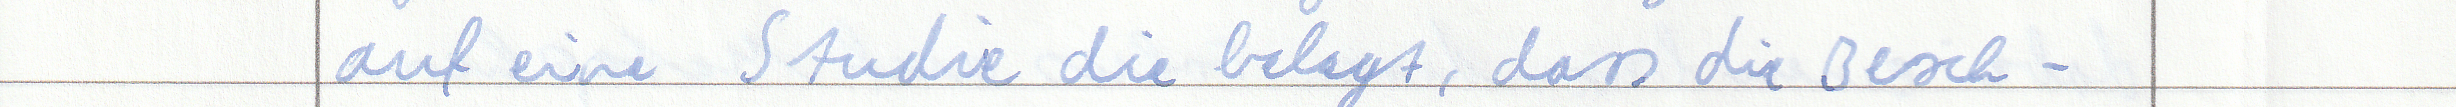
auf eine Studie die belegt, dass die Besch -